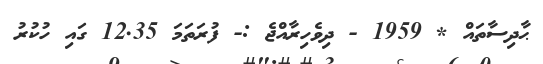
ޙާދިސާތައް * 1959 - ދިވެހިރާއްޖެ :- ފުރަތަމަ 12.35 ގައި ހުކުރު